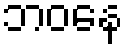
ဘဝနေ